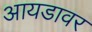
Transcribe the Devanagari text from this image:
आयडावर